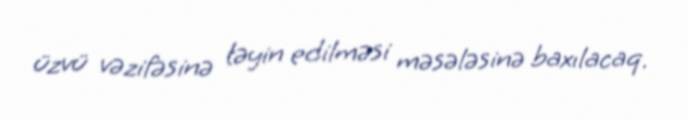
üzvü vəzifəsinə təyin edilməsi məsələsinə baxılacaq.